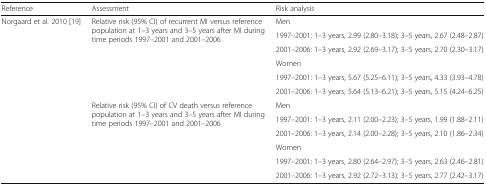
<table><thead><tr><td><b>Reference</b></td><td><b>Assessment</b></td><td><b>Risk analysis</b></td></tr></thead><tbody><tr><td rowspan="6">Norgaard et al<i>.</i> 2010 [19]</td><td rowspan="6">Relative risk (95% CI) of recurrent MI versus reference population at 1–3 years and 3–5 years after MI during time periods 1997–2001 and 2001–2006</td><td>Men</td></tr><tr><td>1997–2001: 1–3 years, 2.99 (2.80–3.18); 3–5 years, 2.67 (2.48–2.87)</td></tr><tr><td>2001–2006: 1–3 years, 2.92 (2.69–3.17); 3–5 years, 2.70 (2.30–3.17)</td></tr><tr><td>Women</td></tr><tr><td>1997–2001: 1–3 years, 5.67 (5.25–6.11); 3–5 years, 4.33 (3.93–4.78)</td></tr><tr><td>2001–2006: 1–3 years, 5.64 (5.13–6.21); 3–5 years, 5.15 (4.24–6.25)</td></tr><tr><td rowspan="6"></td><td rowspan="6">Relative risk (95% CI) of CV death versus reference population at 1–3 years and 3–5 years after MI during time periods 1997–2001 and 2001–2006</td><td>Men</td></tr><tr><td>1997–2001: 1–3 years, 2.11 (2.00–2.23); 3–5 years, 1.99 (1.88–2.11)</td></tr><tr><td>2001–2006: 1–3 years, 2.14 (2.00–2.28); 3–5 years, 2.10 (1.86–2.34)</td></tr><tr><td>Women</td></tr><tr><td>1997–2001: 1–3 years, 2.80 (2.64–2.97); 3–5 years, 2.63 (2.46–2.81)</td></tr><tr><td>2001–2006: 1–3 years, 2.92 (2.72–3.13); 3–5 years, 2.77 (2.42–3.17)</td></tr></tbody></table>